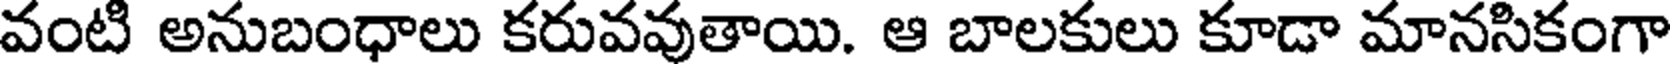
వంటి అనుబంధాలు కరువవుతాయి. ఆ బాలకులు కూడా మానసికంగా